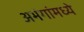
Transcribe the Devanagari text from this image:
अभंगांमध्ये